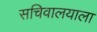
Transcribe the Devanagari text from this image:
सचिवालयाला